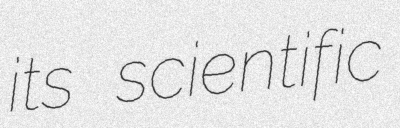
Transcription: its scientific